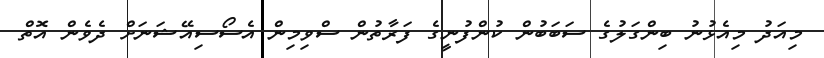
މިއަދު މިއެޅުނު ބިންގަލުގެ ސަބަބުން ކުންފުނީގެ ފަރާތުން ސްވިމިން އެސޯސިއޭޝަނަށް ދެވެން އޮތް